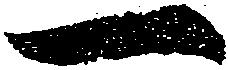
一